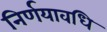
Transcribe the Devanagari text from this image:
निर्णयावधि